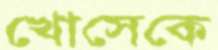
খোসেকে